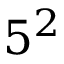
5 ^ { 2 }